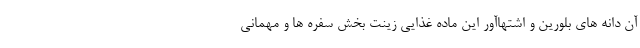
آن دانه های بلورین و اشتهاآور این ماده غذایی زینت بخش سفره ها و مهمانی